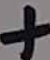
Text: +